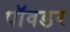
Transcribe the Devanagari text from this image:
पॉवडर